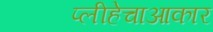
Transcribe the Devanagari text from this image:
प्लीहेचाआकार